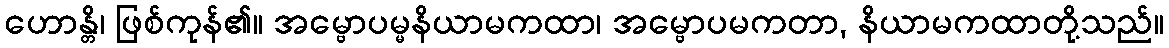
ဟောန္တိ၊ ဖြစ်ကုန်၏။ အမ္ဗောပမ္မနိယာမကထာ၊ အမ္ဗောပမကတာ, နိယာမကထာတို့သည်။